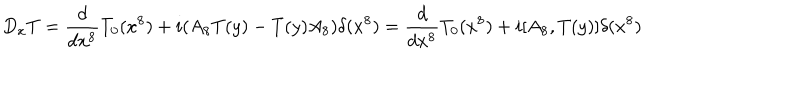
LaTeX: D _ { x } T = \frac { d } { d x ^ { 8 } } T _ { 0 } ( x ^ { 8 } ) + i ( A _ { 8 } T ( y ) - T ( y ) A _ { 8 } ) \delta ( x ^ { 8 } ) = \frac { d } { d x ^ { 8 } } T _ { 0 } ( x ^ { 8 } ) + i [ A _ { 8 } , T ( y ) ] \delta ( x ^ { 8 } )